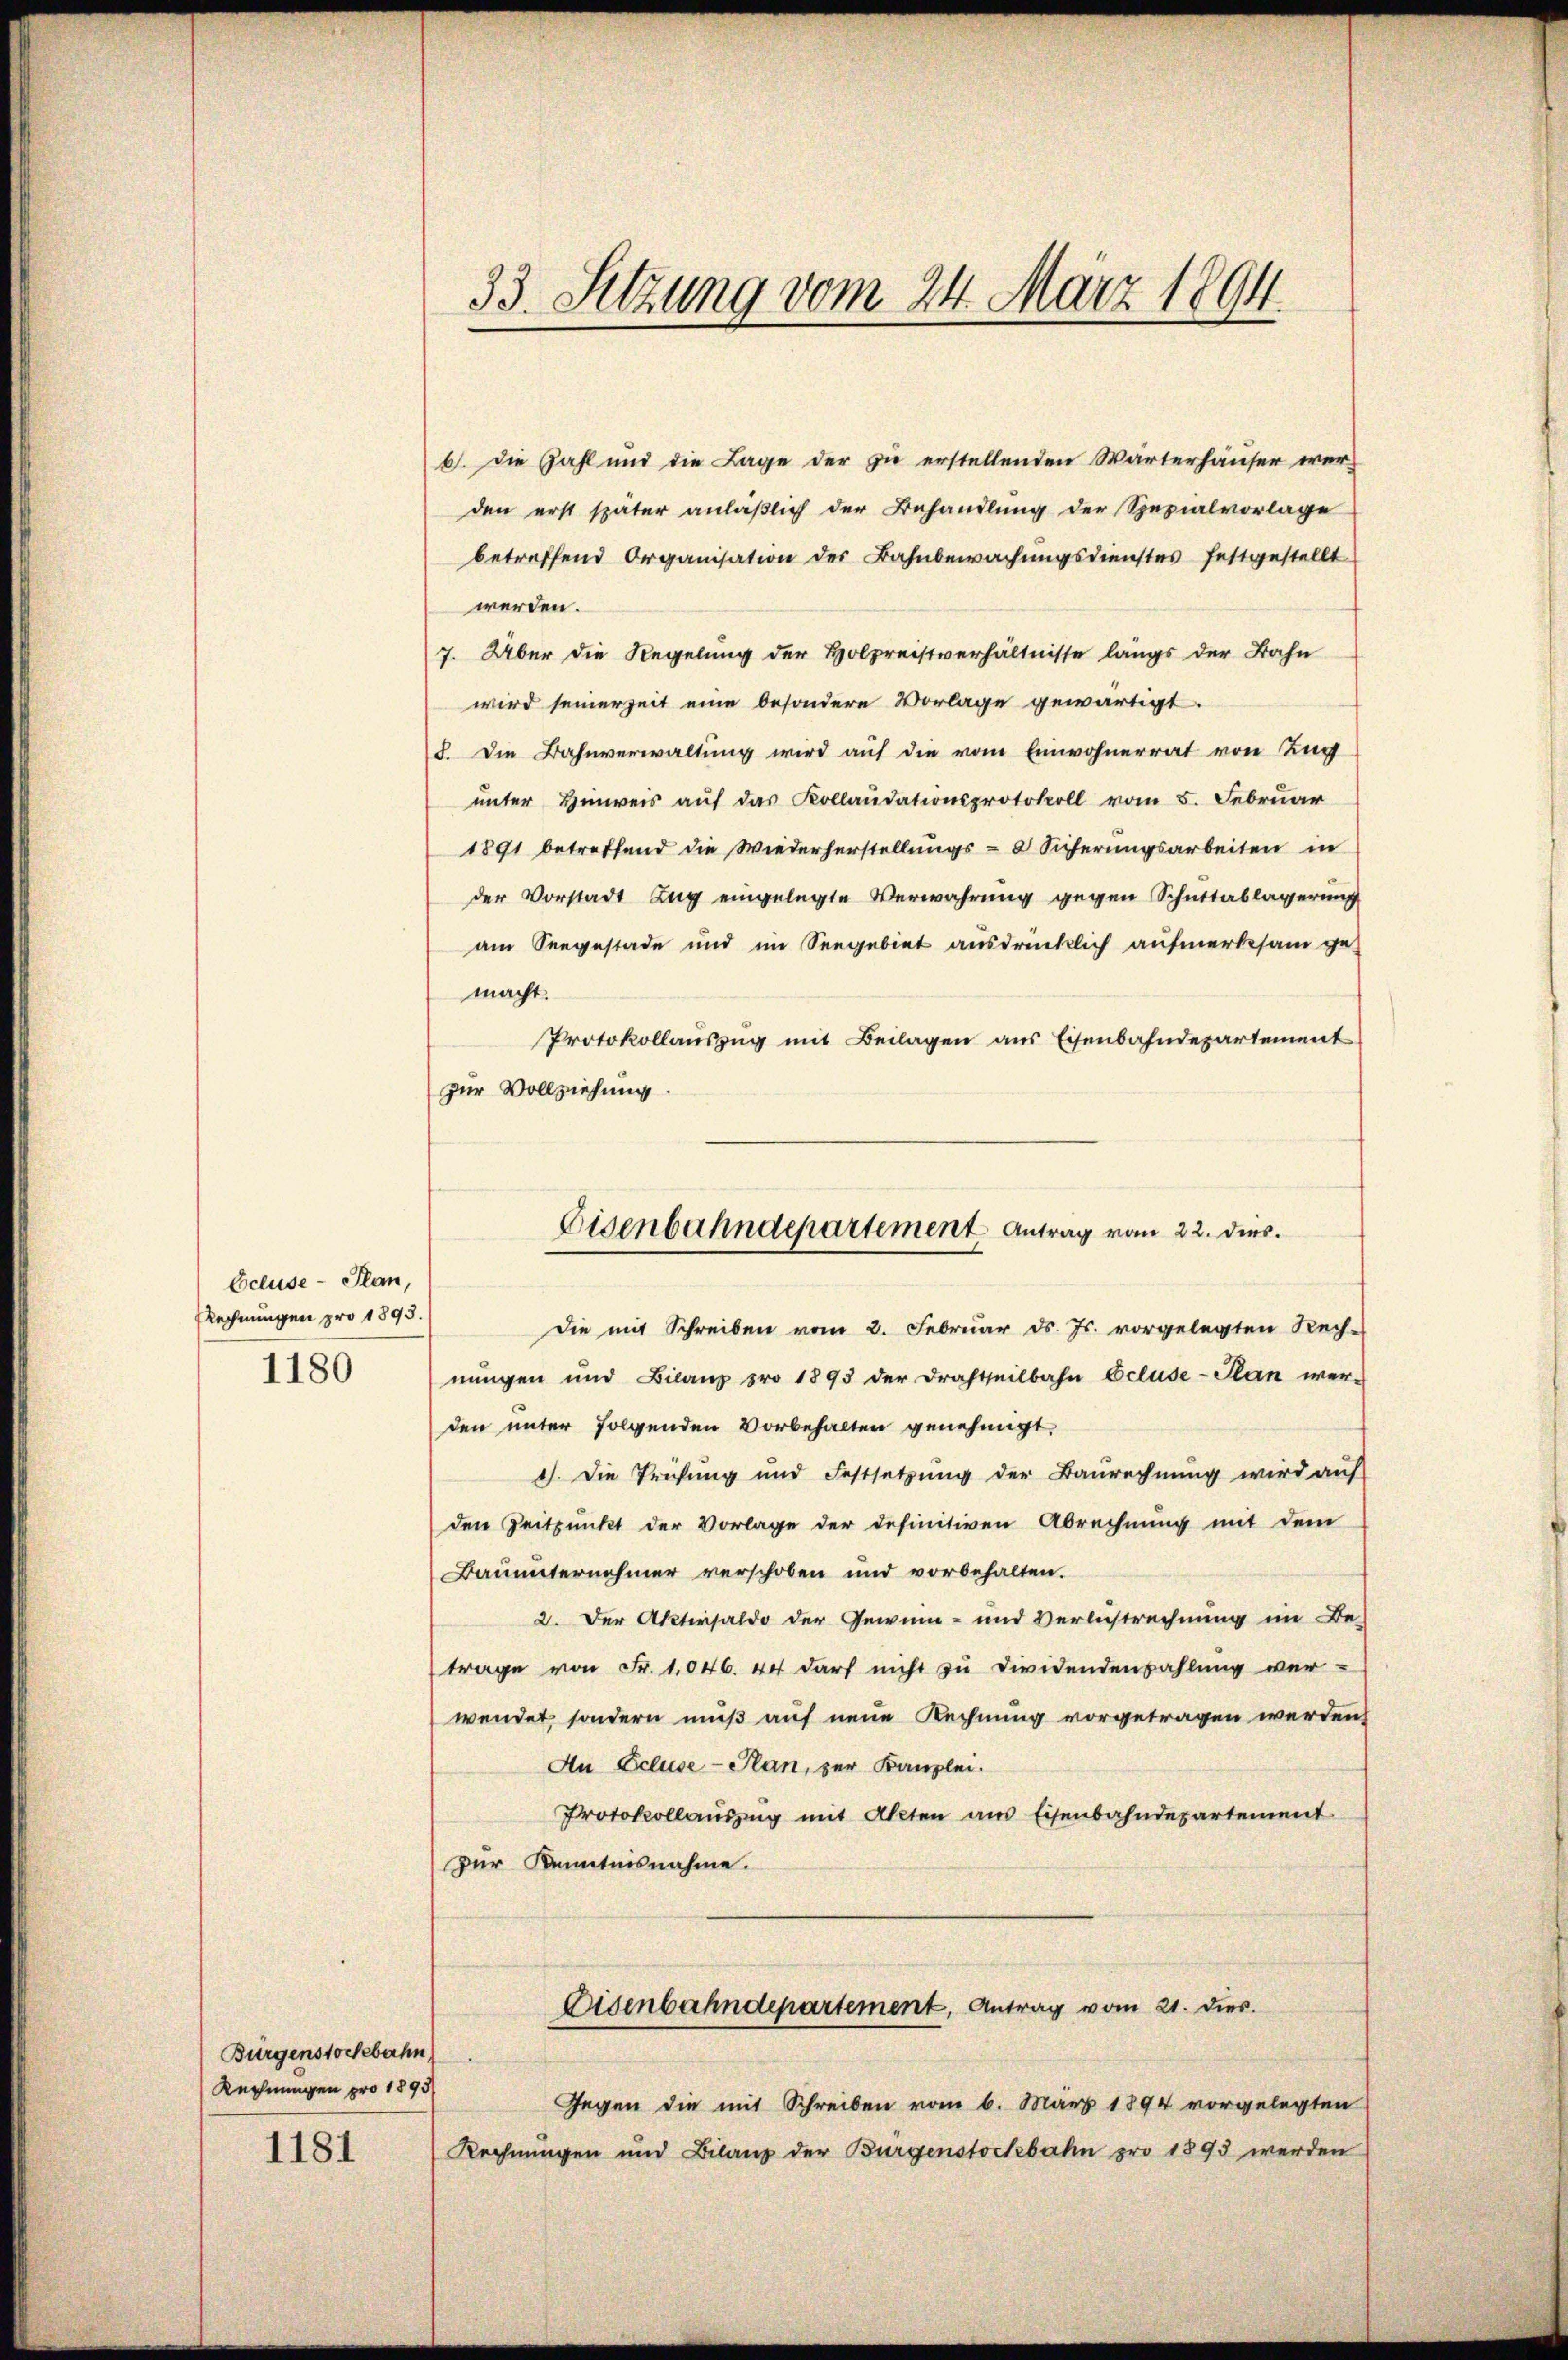
Ecluse-Plan,
Rechnungen pro 1893.
1180

1181

Bürgenstochebahn
Rechnungen pro 1893/

b. die Zahl und die Lage der zu erstellenden Wärterhäuser werden erst später anläßlich der Behandlung der Spezialvorlage
betreffend Organisation der Bahnbewachungsdienstes festgestellt
werden.
7. Über die Regelung der Holzreistverhältnisse längs der Bahn
wird seinerzeit eine besondere Vorlage gewärtigt.
8. Die Bahnverwaltung wird auf die vom Einwohnerrat von Zug
unter Hinweis auf das Kollaudationsprotokoll vom 5. Februar
1891 betreffend die Wiederherstellungs- Sicherungsarbeiten in
der Vorstadt Zug eingelegte Verwahrung gegen Schuttablagerung
am Seegestade und im Seegebiet ausdrücklich aufmerksam ge-
macht.
Protokollaŭszŭg mit Beilagen aus Eisenbahndepartement
zur Vollziehung.
Die mit Schreiben vom 2. Februar d. Js. vorgelegten Rech-
nungen und Bilanz pro 1893 der Drahtheilbahn Ocluse-Plan wer-
den unter folgenden Vorbehalten genehmigt.
1). Die Trifung und Festsetzung der Baurechnŭng wird auf
den Zeitpunkt der Vorlage der definitiven Abrechnung mit dem
Bauunternehmer verschoben und vorbehalten.
2. Der Aktivsaldo der Gewinn- und Verlustrechnung im Be-
trage von Fr. 1046. 44 darf nicht zu Dividendenzahlung ver-
wendet, sondern muß auf neue Rechnung vorgetragen werden,
An Ecluse-Plan, zur Kanzlei.
Protokollauszug mit Akten aus Eisenbahndepartement
zur Kenntnisnahme.
Eisenbahndepartement, Antrag vom 21. dies.
Gegen die mit Schreiben vom 6. März 1894 vorgelegten
Rechnungen und Bilanz der Bürgenstochbahn pro 1893 werden

33. Setzung vom 24. März 1894.

Eisenbahndepartement Antrag vom 22. dies.